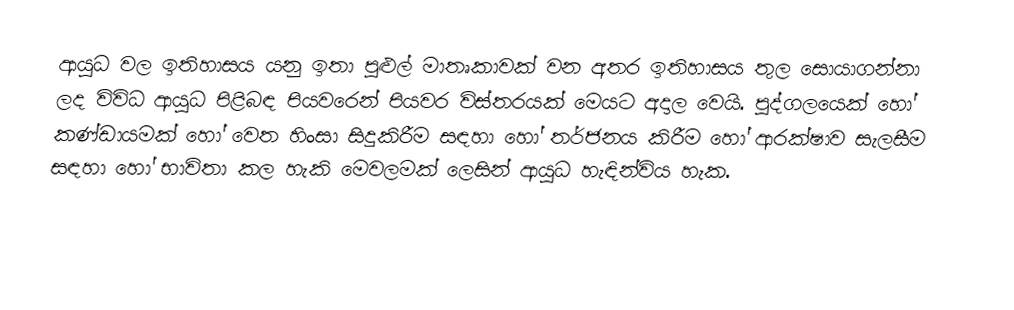
ආයුධ වල ඉතිහාසය යනු ඉතා පුළුල් මාතෘකාවක් වන අතර ඉතිහාසය තුල  සොයාගන්නා ලද විවිධ ආයුධ පිළිබඳ පියවරෙන් පියවර විස්තරයක් මෙයට අදාල වෙයි. පුද්ගලයෙක් හෝ කණ්ඩායමක් හෝ වෙත හිංසා සිදුකිරීම සඳහා හෝ තර්ජනය කිරීම හෝ ආරක්ෂාව සැලසීම සඳහා හෝ භාවිතා කල හැකි මෙවලමක් ලෙසින් ආයුධ හැඳින්විය හැක.